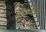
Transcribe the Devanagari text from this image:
के०के०